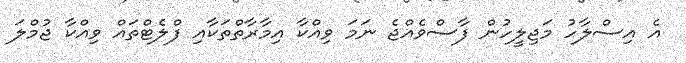
އެ އިސްލާހު މަޖިލީހުން ފާސްވެއްޖެ ނަމަ ވިއްކާ އިމާރާތްތަކާއި ފްލެޓްތައް ވިއްކާ ޖުމްލަ